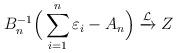
LaTeX: \begin{align*}B^{-1}_n\Big(\sum\limits^n_{i=1}\varepsilon_i-A_n\Big)\xrightarrow{\mathcal{L}} Z\end{align*}